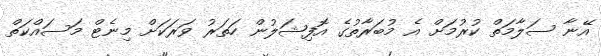
އޭނާ ސަލާމަތް ކުރުމަށް އެ މުބަރާތުގެ އޮފިޝަލުން ހަތަރު ވަރަކަށް މިނެޓް މަސައްކަތް